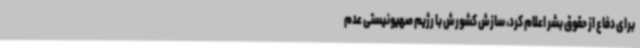
برای دفاع از حقوق بشر اعلام کرد، سازش کشورش با رژیم صهیونیستی عدم